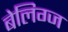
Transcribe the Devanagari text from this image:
बेलिग्ज